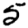
Digit: 5